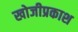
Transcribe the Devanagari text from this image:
खोजीप्रकाश